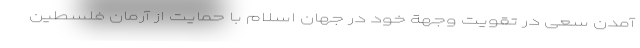
آمدن سعی در تقویت وجهة خود در جهان اسلام با حمایت از آرمان فلسطین